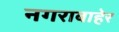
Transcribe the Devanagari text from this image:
नगराबाहेर